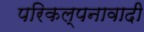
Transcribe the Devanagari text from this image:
परिकल्पनावादी